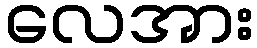
လေအား